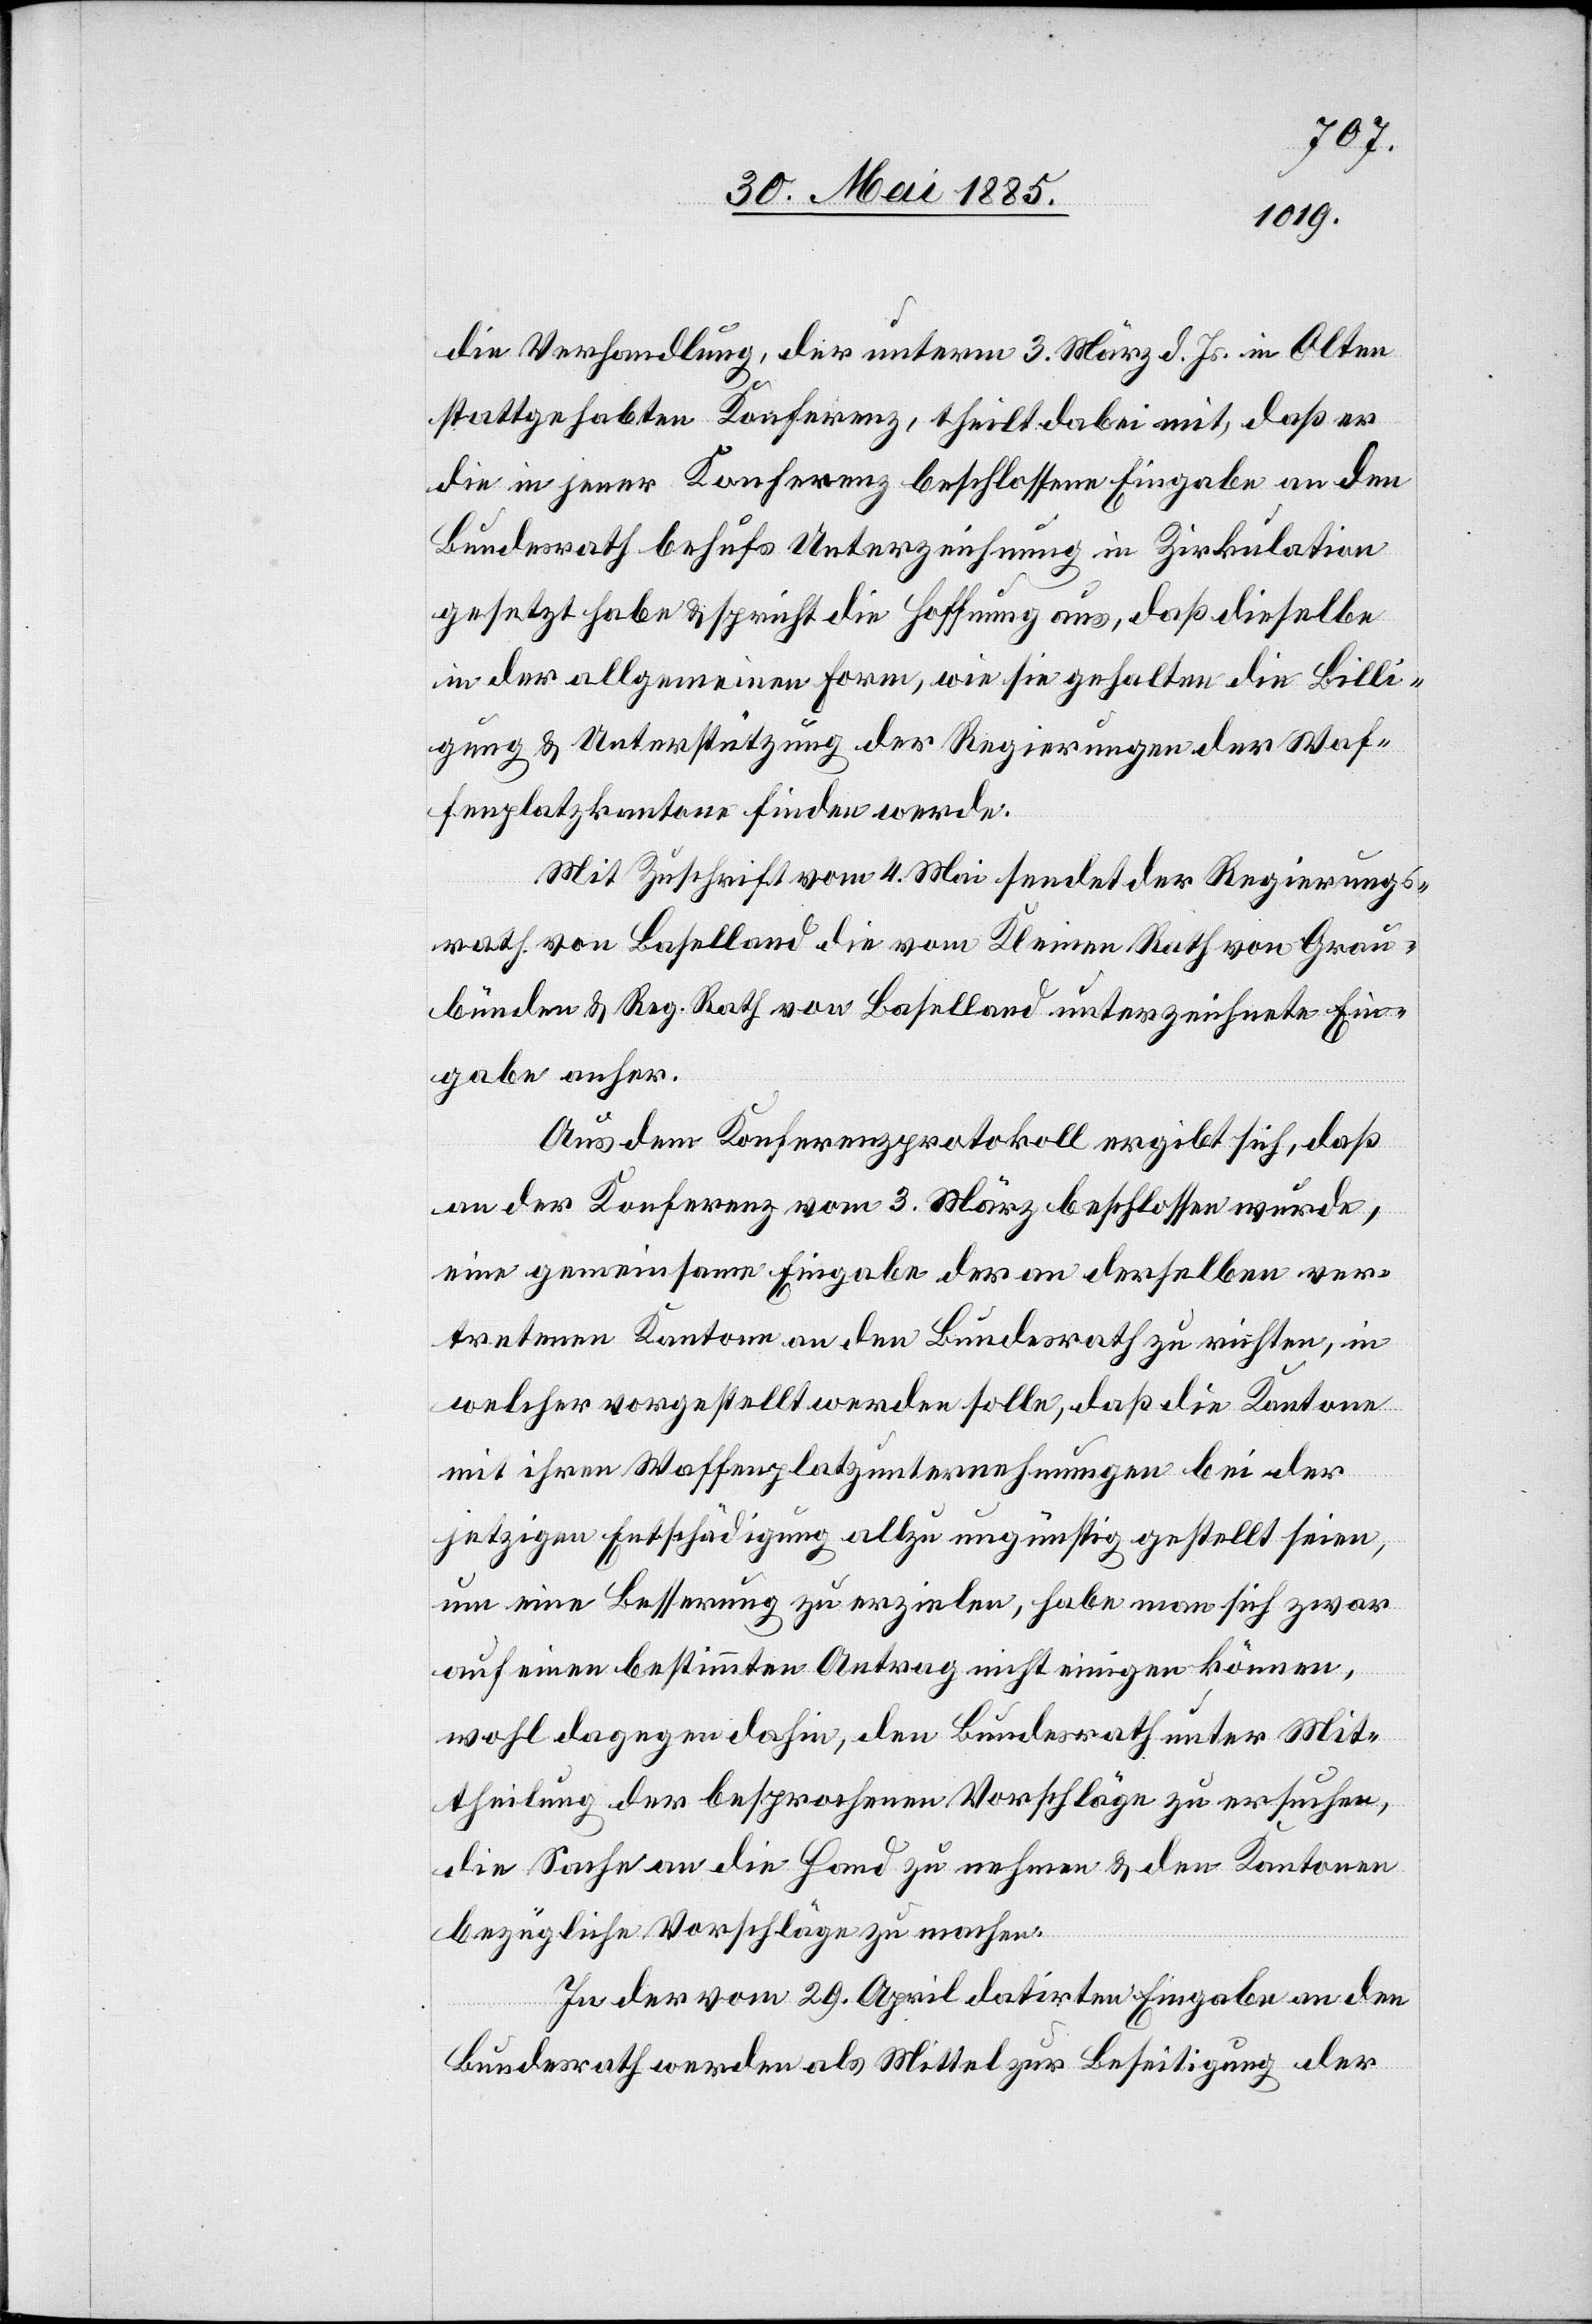
die Verhandlung, der unterm 3. März d. Js. in Olten
stattgehabten Konferenz, theilt dabei mit, daß er
die in jener Konferenz beschlossene Eingabe an den
Bundesrath behufs Unterzeichnung in Zirkulation
gesetzt habe & spricht die Hoffnung aus, daß dieselbe
in der allgemeinen Form, wie sie gehalten die Billi¬
gung & Unterstützung der Regierungen der Waf¬
fenplatzkantone finden werde.
Mit Zuschrift vom 4. Mai sendet der Regierungs¬
rath von Baselland die vom Kleinen Rath von Grau¬
bünden & Reg. Rath von Baselland unterzeichnete Ein¬
gabe anher.
Aus dem Konferenzprotokoll ergibt sich, daß
an der Konferenz vom 3. März beschlossen wurde,
eine gemeinsame Eingabe der an derselben ver¬
tretenen Kantone an den Bundesrath zu richten, in
welcher vorgestellt werden solle, daß die Kantone
mit ihren Waffenplatzunternehmungen bei der
jetzigen Entschädigung allzu ungünstig gestellt seien,
um eine Besserung zu erzielen, habe man sich zwar
auf einen bestimmten Antrag nicht einigen können,
wohl dagegen dahin, den Bundesrath unter Mit¬
theilung der besprochenen Vorschläge zu ersuchen,
die Sache an die Hand zu nehmen & den Kantonen
bezügliche Vorschläge zu machen.
In der vom 29. April datirten Eingabe an den
Bundesrath werden als Mittel zur Beseitigung der